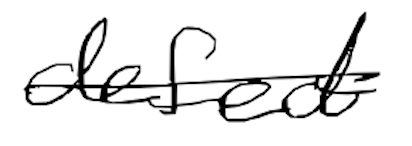
Text: defect
Cross-out: single-line
Writing tool: digital_black